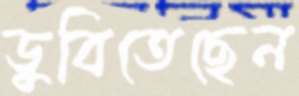
ডুবিতেছেন